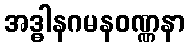
အဒ္ဓါနဂမနဝဏ္ဏနာ